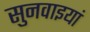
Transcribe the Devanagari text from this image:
सुनवाइयां